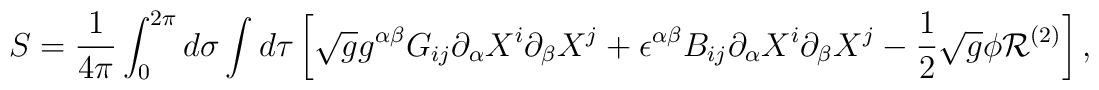
S={1\over{4\pi}}\int^{2\pi}_0d\sigma\int d\tau\left[\sqrt{g}g^{\alpha\beta}G_{ij}\partial_{\alpha}X^i\partial_{\beta}X^j+\epsilon^{\alpha\beta}B_{ij}\partial_{\alpha}X^i\partial_{\beta}X^j-{1\over 2}\sqrt{g}\phi{\cal R}^{(2)}\right],